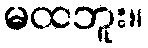
မထဘူး။